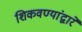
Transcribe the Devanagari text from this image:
शिकवण्यांद्वारे